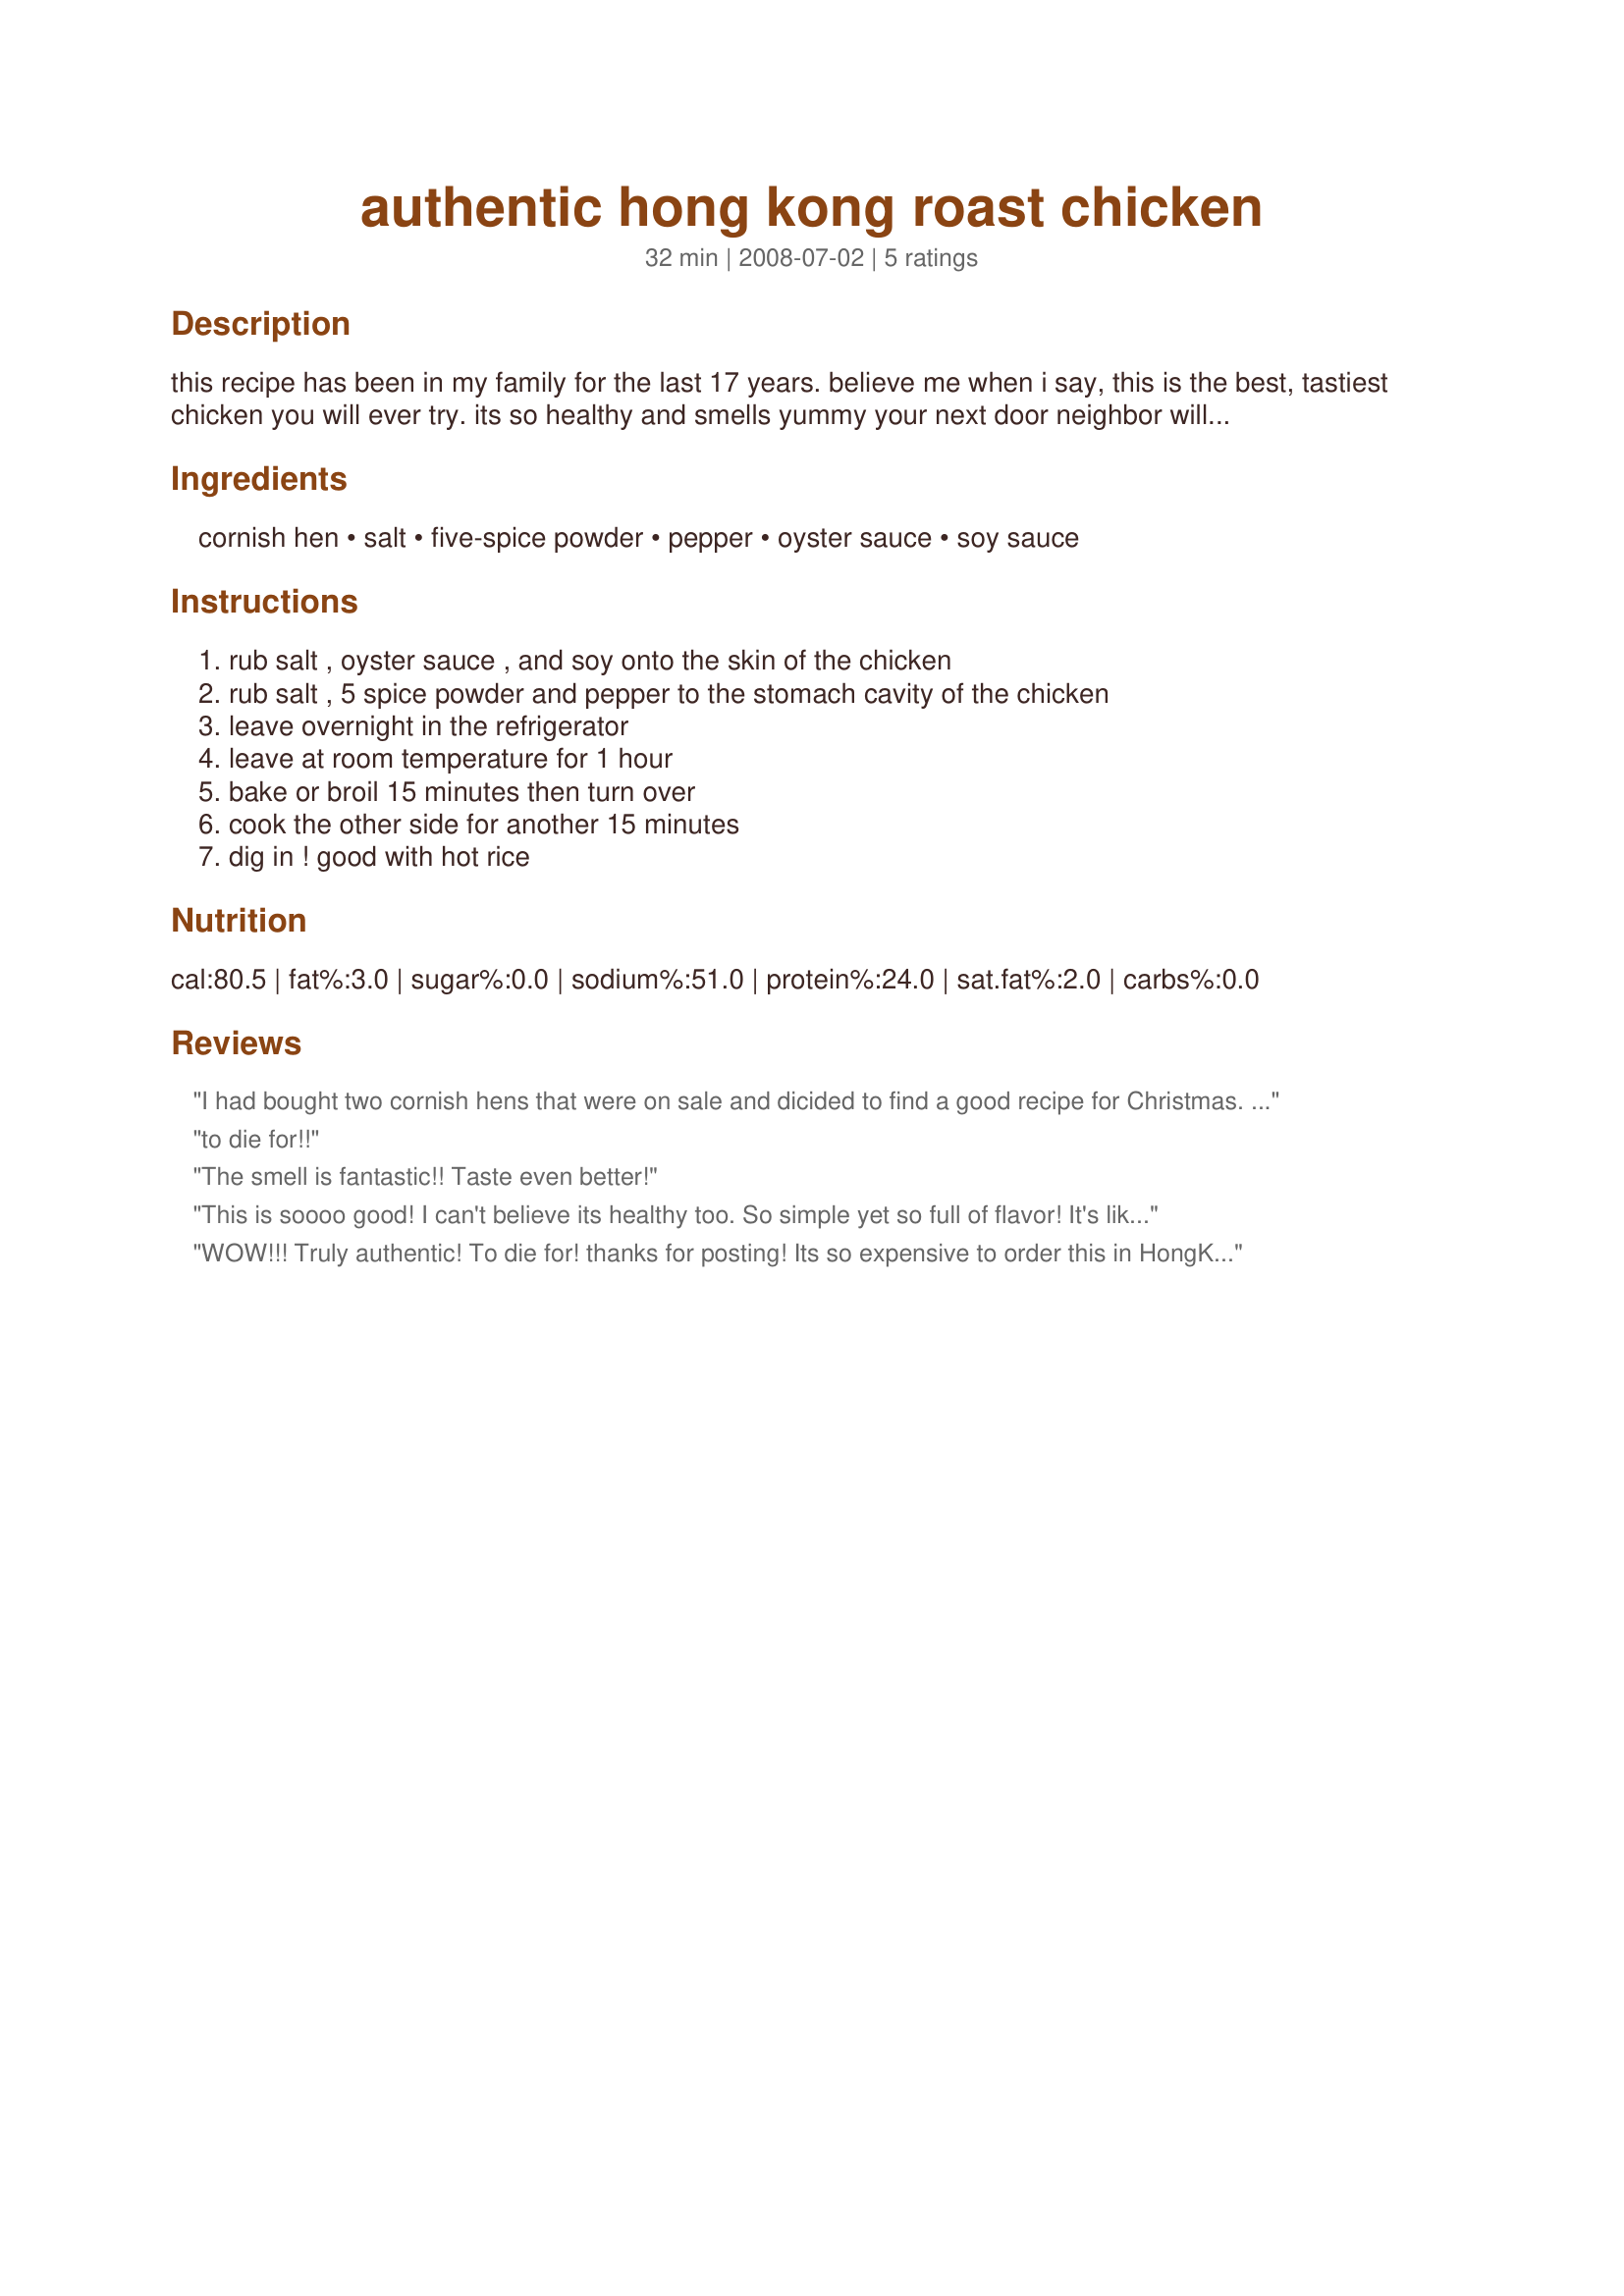
authentic hong kong roast chicken
Preparation time: 32 minutes

this recipe has been in my family for the last 17 years. believe me when i say, this is the best, tastiest chicken you will ever try. its so healthy and smells yummy your next door neighbor will come knocking to your door step!

Ingredients:
cornish hen, salt, five-spice powder, pepper, oyster sauce, soy sauce

Steps:
rub salt , oyster sauce , and soy onto the skin of the chicken, rub salt , 5 spice powder and pepper to the stomach cavity of the chicken, leave overnight in the refrigerator, leave at room temperature for 1 hour, bake or broil 15 minutes then turn over, cook the other side for another 15 minutes, dig in ! good with hot rice

Reviews:
I had bought two cornish hens that were on sale and dicided to find a good recipe for Christmas. Having never baked any small or big sized chicken before, I wanted to try something I've never had before. When I was putting the ingredients together I was skeptical of how it was going to taste. Personally the smell of the ingredients wasn't very appealing to me (must of been the oyster sauce). But I followed the directions and baked it this evening. However, I had to read the directions on the cornish hen packaging for the oven temperature because it doesn't mention it here. Instead of cooking the bird as mentioned below, I cooked it for an hour at 350 (turning over at 30 minutes). After an hour the hen was moist and tasted great which destroyed my fear of it not tasting very good because of the smell of the spices.
I'll definatly try this again on a chicken!!
to die for!!
The smell is fantastic!! Taste even better!
This is soooo good! I can't believe its healthy too. So simple yet so full of flavor! It's like restaurant quality chicken made easy. Served it whole lying on a bed of field greens. Wow! Thanks for posting, its a keeper!
WOW!!! Truly authentic! To die for! thanks for posting! Its so expensive to order this in HongKong! Gem of a recipe!
